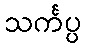
သင်္ကပ္ပ